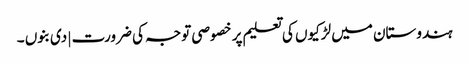
ہندوستان میں لڑکیوں کی تعلیم پر خصوصی توجہ کی ضرورت | دی بنوں ۔